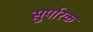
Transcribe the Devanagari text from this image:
सुर्पारक